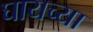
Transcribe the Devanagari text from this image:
घायच्या